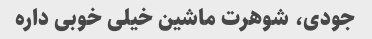
جودی، شوهرت ماشین خیلی خوبی داره